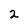
Character: 2